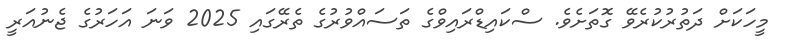
މީހަކަށް ދަތުރުކުރެވޭ ގޮތަށެވެ. ސްކައިޑްރައިވްގެ ތަސައްވުރުގެ ތެރޭގައި 2025 ވަނަ އަހަރުގެ ޖެނުއަރީ